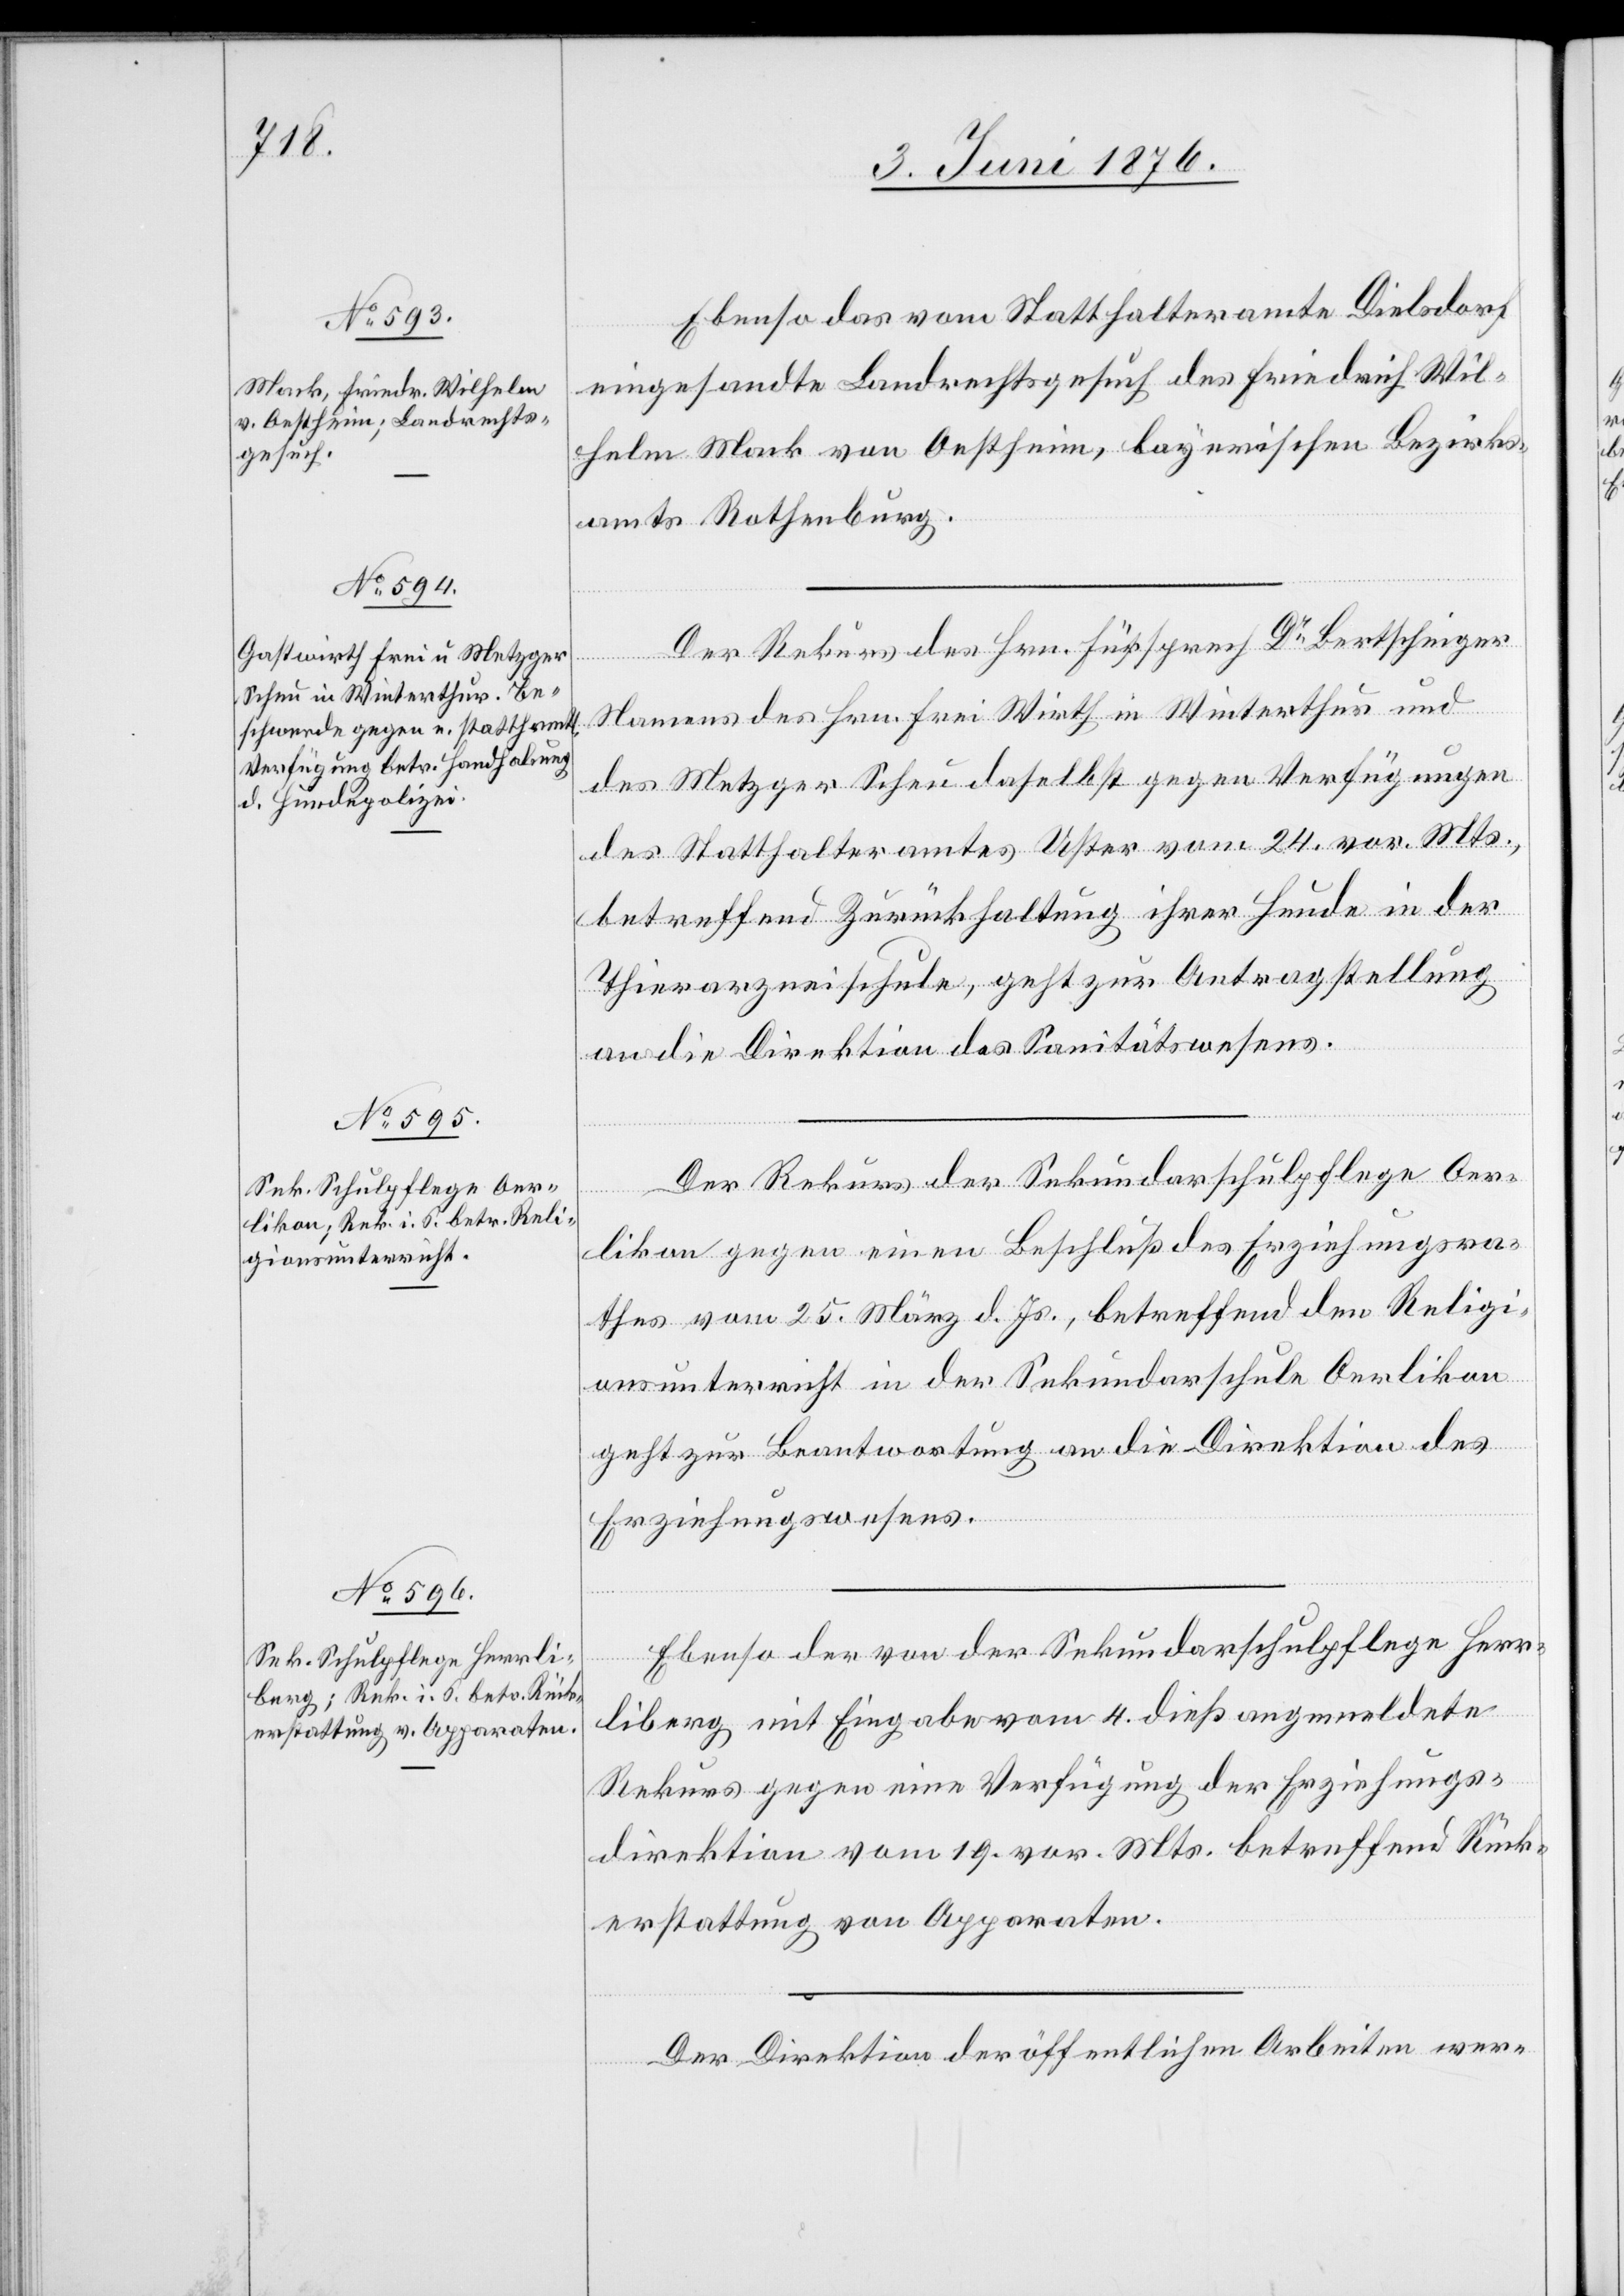
6. Juni 1876.]
Ebenso das vom Statthalteramte Dielsdorf
eingesandte Landrechtsgesuch des Friedrich Wil¬
helm Mark von Oestheim, bayerischen Bezirks¬
amts Rothenburg.
Der Rekurs des Hrn. Fürsprech Dr Bertschinger
Namens des Hrn. Frei Wirth in Winterthur und
des Metzger Scheu daselbst gegen Verfügungen
des Statthalteramtes Uster vom 24. vor. Mts.
betreffend Zurückhaltung ihrer Hunde in der
Thierarzneischule, geht zur Antragstellung
an die Direktion des Sanitätswesens.
Der Rekurs der Sekundarschulpflege Oer¬
likon gegen einen Beschluß des Erziehungsra¬
thes vom 25. März d. Js., betreffend den Religi¬
onsunterricht in der Sekundarschule Oerlikon
geht zur Beantwortung an die Direktion des
Erziehungswesens.
Ebenso der v0n der Sekundarschulpflege Herr¬
liberg mit Eingabe vom 4. dieß angemeldete
Rekurs gegen eine Verfügung der Erziehungs¬
direktion vom 19. vor. Mts. betreffend Rück¬
erstattung von Apparaten.
Der Direktion der öffentlichen Arbeiten wer-